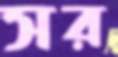
সর